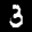
Label: 3